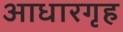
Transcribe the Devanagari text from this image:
आधारगृह